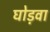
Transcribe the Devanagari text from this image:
घोड़वा